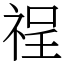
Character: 䄇